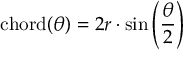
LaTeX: \operatorname { c h o r d } ( \theta ) = 2 r \cdot \sin \left( { \frac { \theta } { 2 } } \right)